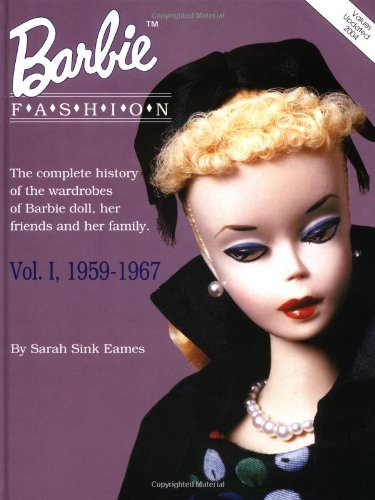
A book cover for Barbie Fashion: The Complete History of the Wardrobes of Barbie Doll, Her Friends and her Family, Vol. 1: 1959-1967 (Barbie Doll Fashion); Sarah Sink Eames; Humor & Entertainment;